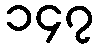
၁၄၇